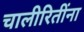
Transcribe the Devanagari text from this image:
चालीरितींना